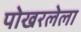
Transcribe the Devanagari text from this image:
पोखरलेला